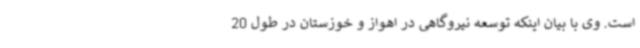
است. وی با بیان اینکه توسعه نیروگاهی در اهواز و خوزستان در طول 20